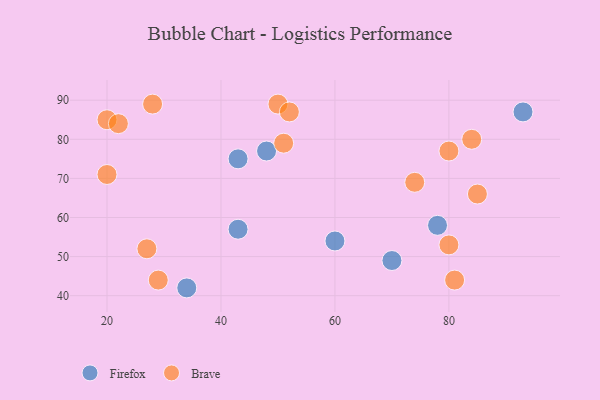
{"axis": {"x": "GDP", "y": "Life Expectancy"}, "legend": ["Brave", "Firefox"], "data": [{"x": "43", "y": 57, "type": "Firefox"}, {"x": "93", "y": 87, "type": "Firefox"}, {"x": "78", "y": 58, "type": "Firefox"}, {"x": "48", "y": 77, "type": "Firefox"}, {"x": "43", "y": 75, "type": "Firefox"}, {"x": "34", "y": 42, "type": "Firefox"}, {"x": "70", "y": 49, "type": "Firefox"}, {"x": "60", "y": 54, "type": "Firefox"}, {"x": "80", "y": 53, "type": "Brave"}, {"x": "74", "y": 69, "type": "Brave"}, {"x": "51", "y": 79, "type": "Brave"}, {"x": "80", "y": 77, "type": "Brave"}, {"x": "50", "y": 89, "type": "Brave"}, {"x": "29", "y": 44, "type": "Brave"}, {"x": "28", "y": 89, "type": "Brave"}, {"x": "52", "y": 87, "type": "Brave"}, {"x": "81", "y": 44, "type": "Brave"}, {"x": "20", "y": 85, "type": "Brave"}, {"x": "84", "y": 80, "type": "Brave"}, {"x": "22", "y": 84, "type": "Brave"}, {"x": "85", "y": 66, "type": "Brave"}, {"x": "20", "y": 71, "type": "Brave"}, {"x": "27", "y": 52, "type": "Brave"}]}